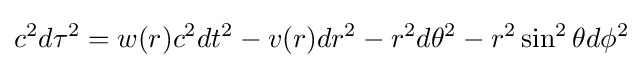
c^{2}d\tau ^{2}=w(r)c^{2}dt^{2}-v(r)dr^{2}-r^{2}d\theta ^{2}-r^{2}\sin ^{2}\theta d\phi ^{2}